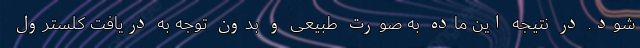
شود. در نتیجه این ماده به صورت طبیعی و بدون توجه به دریافت کلسترول